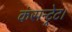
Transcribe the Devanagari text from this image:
कंसन्ट्रेट।